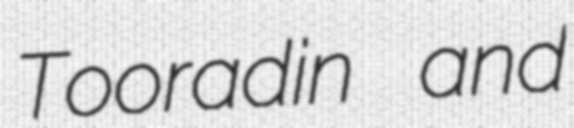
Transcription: Tooradin and